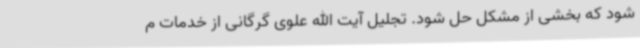
شود که بخشی از مشکل حل شود. تجلیل آیت الله علوی گرگانی از خدمات م